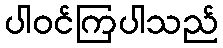
ပါဝင်ကြပါသည်